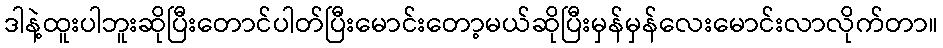
ဒါနဲ့ထူးပါဘူးဆိုပြီးတောင်ပါတ်ပြီးမောင်းတော့မယ်ဆိုပြီးမှန်မှန်လေးမောင်းလာလိုက်တာ။